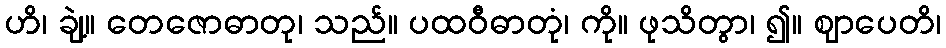
ဟိ၊ ချဲ့။ တေဇောဓာတု၊ သည်။ ပထဝီဓာတုံ၊ ကို။ ဖုသိတွာ၊ ၍။ ဈာပေတိ၊